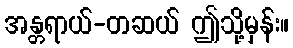
အန္တရာယ်-တဆယ် ဤသို့မှန်း။